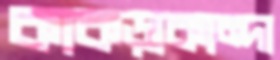
কাকড়াকান্দা